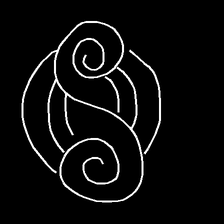
Glyph: wind-underfoot